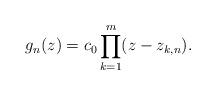
LaTeX: \begin{align*}g_n(z)=c_0\prod_{k=1}^m (z-z_{k,n}). \end{align*}